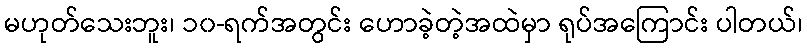
မဟုတ်သေးဘူး၊ ၁၀-ရက်အတွင်း ဟောခဲ့တဲ့အထဲမှာ ရုပ်အကြောင်း ပါတယ်၊